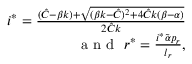
\begin{array} { r } { i ^ { * } = \frac { ( \hat { C } - \beta k ) + \sqrt { ( \beta k - \hat { C } ) ^ { 2 } + 4 \hat { C } k ( \beta - \alpha ) } } { 2 \hat { C } k } } \\ { \mathrm { ~ a ~ n ~ d ~ } \ r ^ { * } = \frac { i ^ { * } { \tilde { \alpha } } p _ { r } } { l _ { r } } , } \end{array}